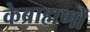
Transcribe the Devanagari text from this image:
केब्राह्मणों